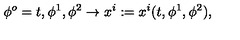
\phi ^ { o } = t , \phi ^ { 1 } , \phi ^ { 2 } \to x ^ { i } : = x ^ { i } ( t , \phi ^ { 1 } , \phi ^ { 2 } ) ,